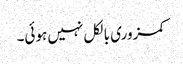
کمزوری بالکل نہیں ہوئی۔